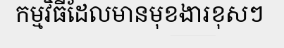
កម្មវិធីដែលមានមុខងារខុសៗ